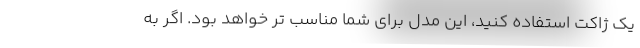
یک ژاکت استفاده کنید، این مدل برای شما مناسب تر خواهد بود. اگر به